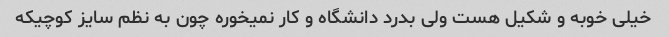
خیلی خوبه و شکیل هست ولی بدرد دانشگاه و کار نمیخوره چون به نظم سایز کوچیکه